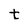
Character: t